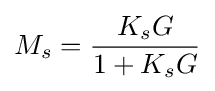
M_{s}={\frac {K_{s}G}{1+K_{s}G}}